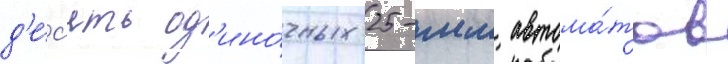
д'е́с'ять од'ино́чных 25-мм автома́тов